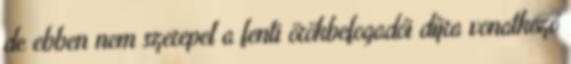
de ebben nem szerepel a fenti örökbefogadói díjra vonatkozó